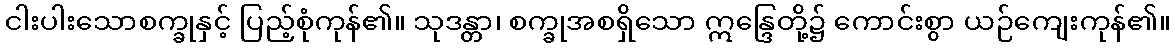
ငါးပါးသောစက္ခုနှင့် ပြည့်စုံကုန်၏။ သုဒန္တာ၊ စက္ခုအစရှိသော ဣန္ဒြေတို့၌ ကောင်းစွာ ယဉ်ကျေးကုန်၏။